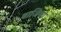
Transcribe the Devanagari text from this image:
बाजिया